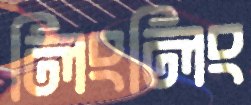
লিংলিং